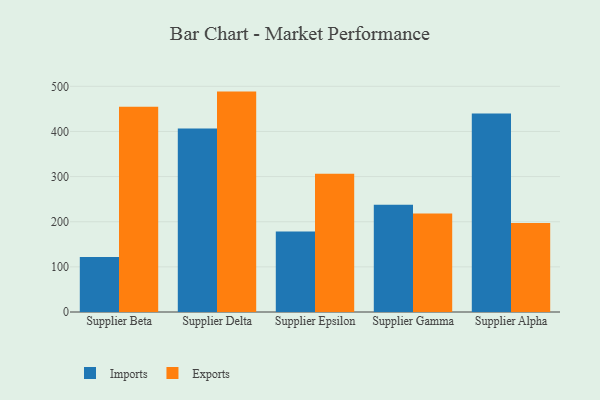
{"axis": {"x": "Supplier", "y": "Waste Production (Tons)"}, "legend": ["Exports", "Imports"], "data": [{"x": "Supplier Beta", "y": 122.1, "type": "Imports"}, {"x": "Supplier Beta", "y": 454.6, "type": "Exports"}, {"x": "Supplier Delta", "y": 406.6, "type": "Imports"}, {"x": "Supplier Delta", "y": 488.3, "type": "Exports"}, {"x": "Supplier Epsilon", "y": 178.4, "type": "Imports"}, {"x": "Supplier Epsilon", "y": 306.5, "type": "Exports"}, {"x": "Supplier Gamma", "y": 237.4, "type": "Imports"}, {"x": "Supplier Gamma", "y": 218.1, "type": "Exports"}, {"x": "Supplier Alpha", "y": 439.6, "type": "Imports"}, {"x": "Supplier Alpha", "y": 197.0, "type": "Exports"}]}